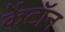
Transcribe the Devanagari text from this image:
केंटॉन